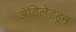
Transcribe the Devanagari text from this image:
ॲडिलेडहून